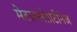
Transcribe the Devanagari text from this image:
मेटाल्लोप्रटीनेज